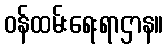
ဝန်ထမ်းရေးရာဌာန။